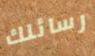
رسائلك